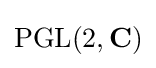
{\mbox{PGL}}(2,\mathbf {C} )